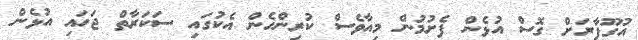
އުގޫފާރަށް ގޮސް އުޅެން ފެށުމުން މިއާވެސް ކުރިންހެން އެކުގައި ސަކަރާތް ޖަހައި އުޅެން